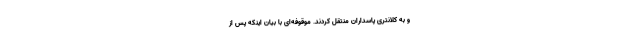
و به کلانتری پاسداران منتقل کردند. موقوفه‌ای با بیان اینکه پس از